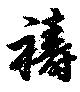
祷